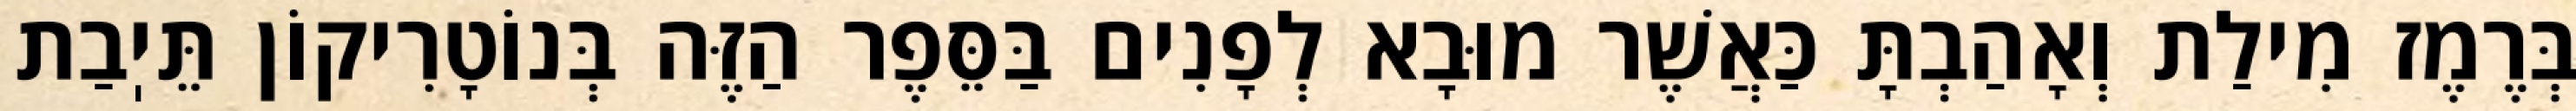
בְּרֶמֶז מִילַת וְאָהַבְתָּ כַּאֲשֶׁר מוּבָא לְפָנִים בַּסֵּפֶר הַזֶּה בְּנוֹטָרִיקוֹן תֵּיֽבַת